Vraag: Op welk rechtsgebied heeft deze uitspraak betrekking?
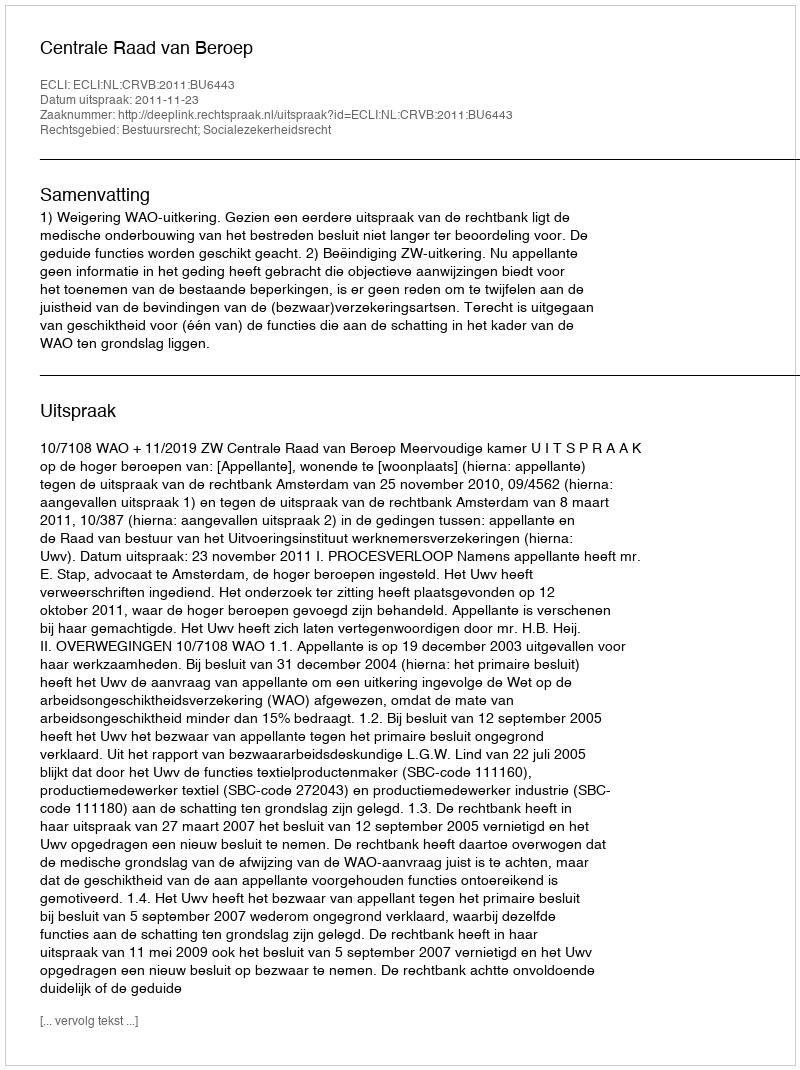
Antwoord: Bestuursrecht; Socialezekerheidsrecht